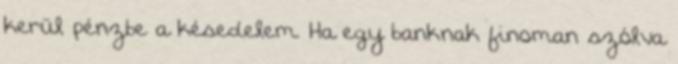
kerül pénzbe a késedelem. Ha egy banknak finoman szólva